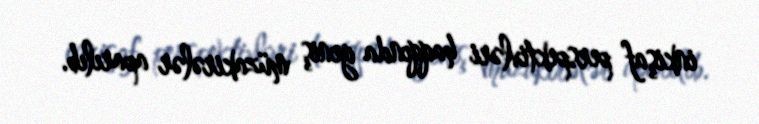
inkişaf perspektivləri haqqında geniş müzakirələr aparılıb.